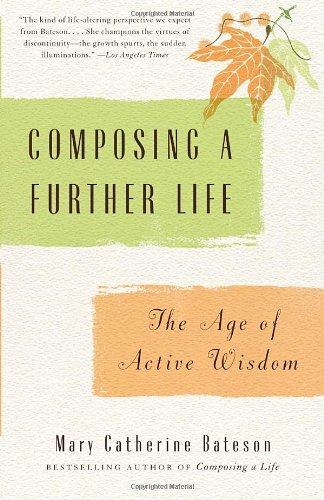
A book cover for Composing a Further Life: The Age of Active Wisdom; Mary Catherine Bateson; Politics & Social Sciences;